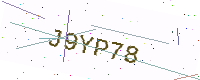
Text: J9YP78